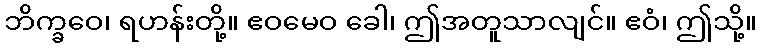
ဘိက္ခဝေ၊ ရဟန်းတို့။ ဧဝမေဝ ခေါ၊ ဤအတူသာလျင်။ ဧဝံ၊ ဤသို့။